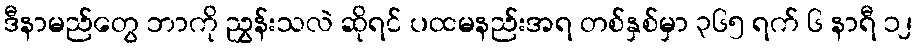
ဒီနာမည်တွေ ဘာကို ညွှန်းသလဲ ဆိုရင် ပထမနည်းအရ တစ်နှစ်မှာ ၃၆၅ ရက် ၆ နာရီ ၁၂